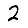
Digit: 2